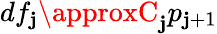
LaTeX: df_{\mathbf{j}}\approxC_{\mathbf{j}}p_{\mathbf{j}+1}